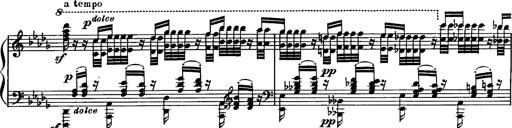
Title: Paraphrase de concert sur Rigoletto
Composer: Franz Liszt